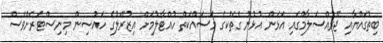
ބިތުގައްޔާއި ޖޭރުއްސަލާމްގައި އަޅަން އުޅުނު ގެތަކުގެ މަސައްކަތް ހުއްޓާލުމަށް އިޒުރޭލުގެ ހައުސިން މިނިސްޓަރަށްވެސް